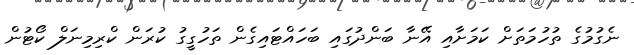
ނެގުމުގެ ތުހުމަތަށް ކަމަށާއި އޭނާ ބަންދުގައި ބަހައްޓައިގެން ތަހުގީގު ކުރަން ކްރިމިނަލް ކޯޓުން